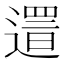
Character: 𨖞